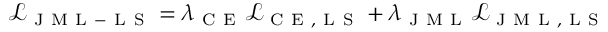
\mathcal { L } _ { \mathrm { ~ J ~ M ~ L ~ - ~ L ~ S ~ } } = \lambda _ { \mathrm { ~ C ~ E ~ } } \mathcal { L } _ { \mathrm { ~ C ~ E ~ , ~ L ~ S ~ } } + \lambda _ { \mathrm { ~ J ~ M ~ L ~ } } \mathcal { L } _ { \mathrm { ~ J ~ M ~ L ~ , ~ L ~ S ~ } }